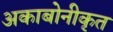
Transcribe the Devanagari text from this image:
अकाबोनीकृत